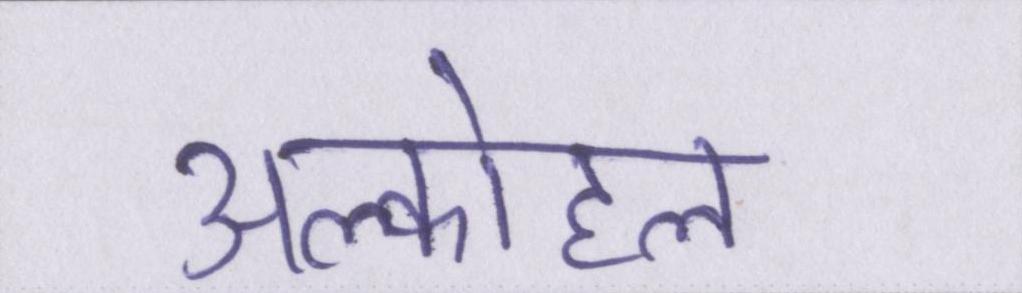
अल्कोहल